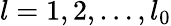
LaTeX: l=1,2,\ldots,l_{0}